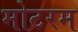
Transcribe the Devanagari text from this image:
मोटरम